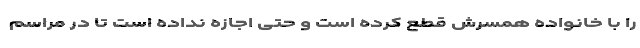
را با خانواده همسرش قطع کرده است و حتی اجازه نداده است تا در مراسم